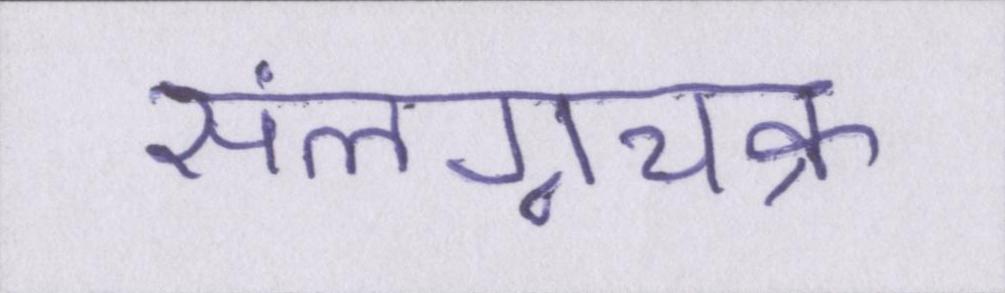
संलग्नचक्र